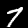
Digit: 7